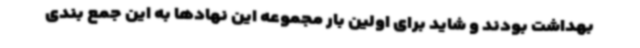
بهداشت بودند و شاید برای اولین بار مجموعه این نهادها به این جمع بندی